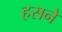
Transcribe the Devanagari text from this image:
हसने